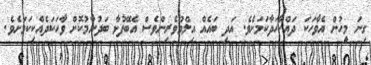
ގިނަ މީހުން އެވާހަކަ ދައްކާހަދާކަމަށެވެ. އަދި ބައެއް އިލްމުވެރިންވެސް އެބޭފުޅާ ބަދުނާމުކޮށް ވާހަކަދެއްކިކަމަށެވެ.